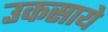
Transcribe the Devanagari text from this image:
उकसाये